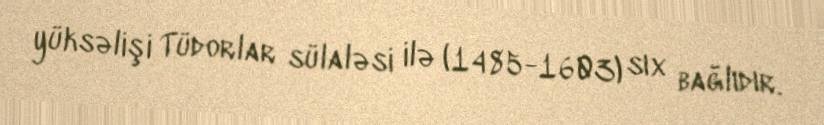
yüksəlişi Tüdorlar sülaləsi ilə (1485-1603) sıx bağlıdır.